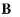
B